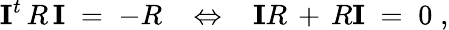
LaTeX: {\mathbf I}^{t}\, R\, {\mathbf I}\; =\; -R\; \; \; \Leftrightarrow\; \; \; {\mathbf I}R\, +\, R{\mathbf I}\; =\; 0\; ,